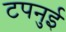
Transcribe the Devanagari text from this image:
टपनुई